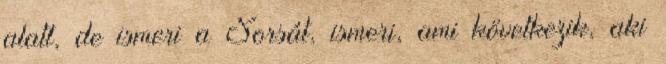
alatt, de ismeri a Sorsát, ismeri, ami következik, aki